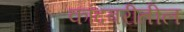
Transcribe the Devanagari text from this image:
कांदबरीतील